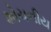
શોચનીય